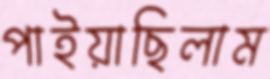
পাইয়াছিলাম